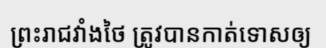
ព្រះរាជវាំងថៃ ត្រូវបានកាត់ទោសឲ្យ